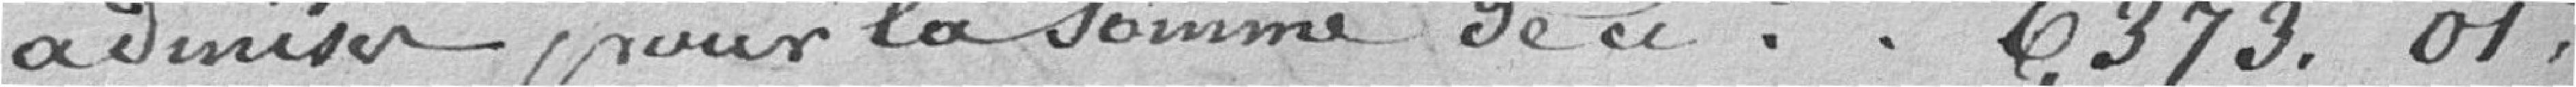
pour la somme de 6379.01